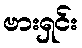
ဗားရှင်း